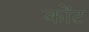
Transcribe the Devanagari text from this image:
कोंट